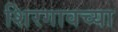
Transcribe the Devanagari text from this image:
शिरगावच्या